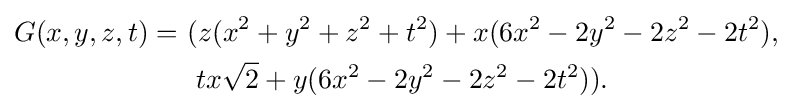
{\begin{aligned}G(x,y,z,t)=\ &(z(x^{2}+y^{2}+z^{2}+t^{2})+x(6x^{2}-2y^{2}-2z^{2}-2t^{2}),\\&\ tx{\sqrt {2}}+y(6x^{2}-2y^{2}-2z^{2}-2t^{2})).\end{aligned}}